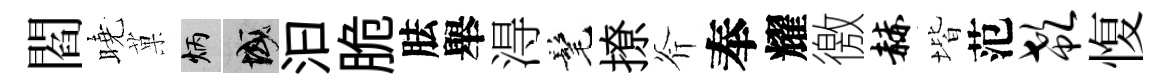
閻曉菓炳域汩脆胠舉淂髦撩斧奉耀徼赫堦范欷愎